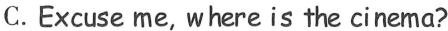
C. Excuse me, where is the cinema?